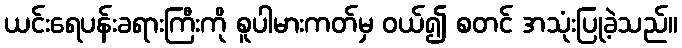
ယင်းရေပန်းခရားကြီးကို စူပါမားကတ်မှ ဝယ်၍ စတင် အသုံးပြုခဲ့သည်။